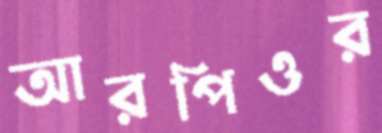
আরপিওর